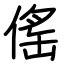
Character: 傜